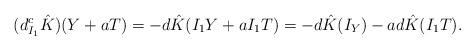
LaTeX: \begin{align*}(d^c_{I_1}\hat{K})(Y + aT) = -d\hat{K}(I_1Y + aI_1T) = -d\hat{K}(I_Y) - a d\hat{K}(I_1T).\end{align*}